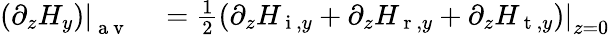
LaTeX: \begin{array}{rl}{\left.\left(\partial_{z}H_{y}\right)\right|_{\mathrm{~a~v~}}}&{{}=\frac{1}{2}\left.\left(\partial_{z}H_{\mathrm{~i~},y}+\partial_{z}H_{\mathrm{~r~},y}+\partial_{z}H_{\mathrm{~t~},y}\right)\right|_{z=0}}\end{array}